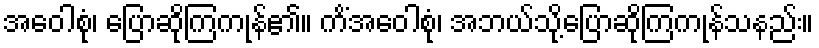
အဝေါစုံ၊ ပြောဆိုကြကုန်၏။ ကိံအဝေါစုံ၊ အဘယ်သို့ပြောဆိုကြကုန်သနည်း။